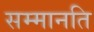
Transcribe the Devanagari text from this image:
सम्मानति